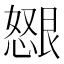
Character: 𫻂